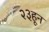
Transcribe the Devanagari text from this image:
२३हून